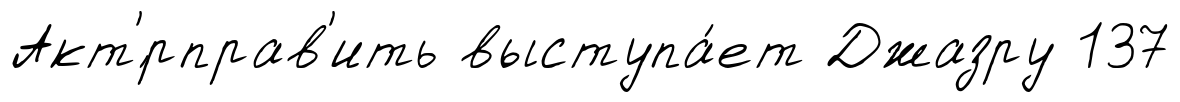
Акт'́рправ'ить выступа́ет Джазру 137